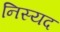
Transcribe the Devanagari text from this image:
निस्यद